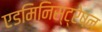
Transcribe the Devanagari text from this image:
एडमिनिस्ट्रेषन